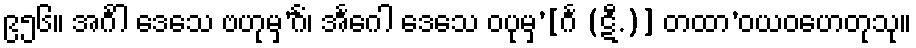
၉၅၆။ အင်္ဂါ ဒေသေ ဗဟုမှ’င်္ဂံ၊ အင်္ဂေါ ဒေသေ ဝပုမှ’[င်္ဂ (ဋီ.)] တထာ’ဝယဝဟေတုသု။